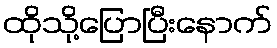
ထိုသို့ပြောပြီးနောက်